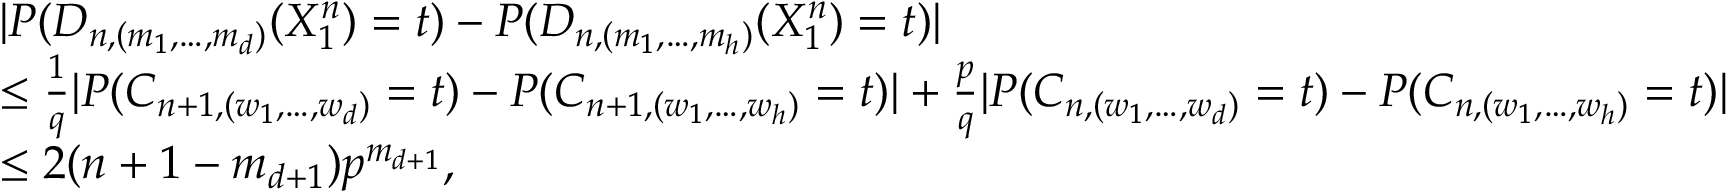
\begin{array} { r l } & { | P ( D _ { n , ( m _ { 1 } , \ldots , m _ { d } ) } ( X _ { 1 } ^ { n } ) = t ) - P ( D _ { n , ( m _ { 1 } , \ldots , m _ { h } ) } ( X _ { 1 } ^ { n } ) = t ) | } \\ & { \leq \frac { 1 } { q } \vert P ( C _ { n + 1 , ( w _ { 1 } , \ldots , w _ { d } ) } = t ) - P ( C _ { n + 1 , ( w _ { 1 } , \ldots , w _ { h } ) } = t ) \vert + \frac { p } { q } \vert P ( C _ { n , ( w _ { 1 } , \ldots , w _ { d } ) } = t ) - P ( C _ { n , ( w _ { 1 } , \ldots , w _ { h } ) } = t ) \vert } \\ & { \leq 2 ( n + 1 - m _ { d + 1 } ) p ^ { m _ { d + 1 } } , } \end{array}